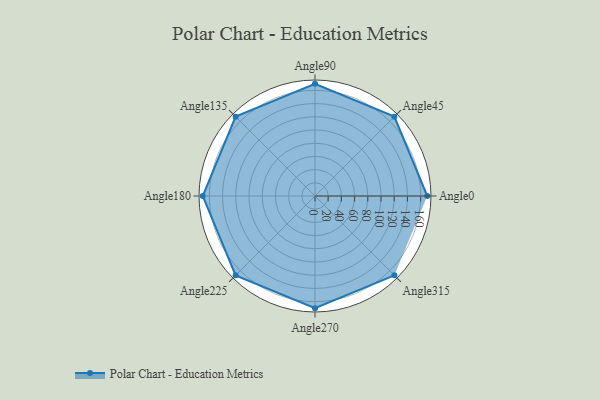
{"axis": {"x": "Angle", "y": "Radius"}, "legend": [""], "data": [{"x": "Angle0", "y": 170, "type": ""}, {"x": "Angle45", "y": 170, "type": ""}, {"x": "Angle90", "y": 170, "type": ""}, {"x": "Angle135", "y": 170, "type": ""}, {"x": "Angle180", "y": 170, "type": ""}, {"x": "Angle225", "y": 170, "type": ""}, {"x": "Angle270", "y": 170, "type": ""}, {"x": "Angle315", "y": 170, "type": ""}]}